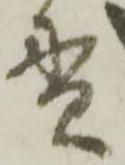
貫